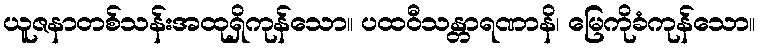
ယူဇနာတစ်သန်းအထုရှိကုန်သော။ ပထဝီသန္တာရဏာနိ၊ မြေကိုခံကုန်သော။